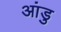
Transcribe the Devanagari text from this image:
आंडु